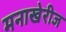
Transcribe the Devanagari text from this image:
मनाखेरीज